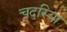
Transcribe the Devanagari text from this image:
चदरिया